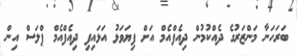
ބަރަހަނާ މަންޒަރުގެ ދެއްކުމުން ދިއެފްއެމް އަށް ފިޔަވަޅު އަޅައިފި ދިއެފްއެމް ޕްލަސް އިން